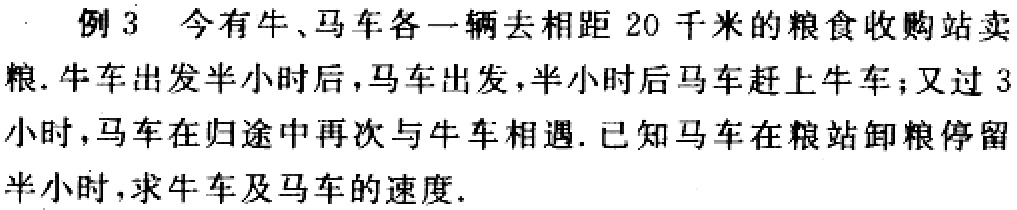
例 3 今有牛、马车各一辆去相距 20 千米的粮食收购站卖粮. 牛车出发半小时后, 马车出发, 半小时后马车赶上牛车; 又过 3 小时, 马车在归途中再次与牛车相遇. 已知马车在粮站卸粮停留半小时, 求牛车及马车的速度.